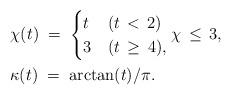
LaTeX: \begin{align*}&\chi (t) \; = \;\begin{cases}t & (t \, < \, 2)\\3 & (t \, \ge \, 4),\end{cases}\chi \, \le \, 3,\\&\kappa (t) \; = \; \arctan (t)/ \pi.\end{align*}